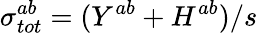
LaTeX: \sigma_{tot}^{ab}=(Y^{ab}+H^{ab})/s